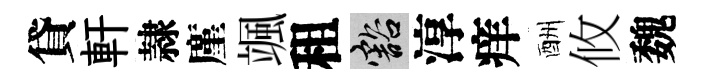
貸軒隷廑颯租豁淳痒酬攸魏